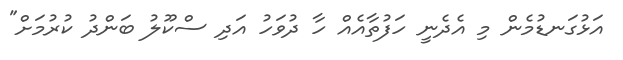
އަޅުގަނޑުމެން މި އެދެނީ ހަފުތާއެއް ހާ ދުވަހު އަދި ސްކޫލު ބަންދު ކުރުމަށް"